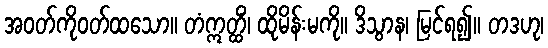
အဝတ်ကိုဝတ်ထသော။ တံဣတ္ထိံ၊ ထိုမိန်းမကို။ ဒိသွာန၊ မြင်ရ၍။ တဒဟု၊